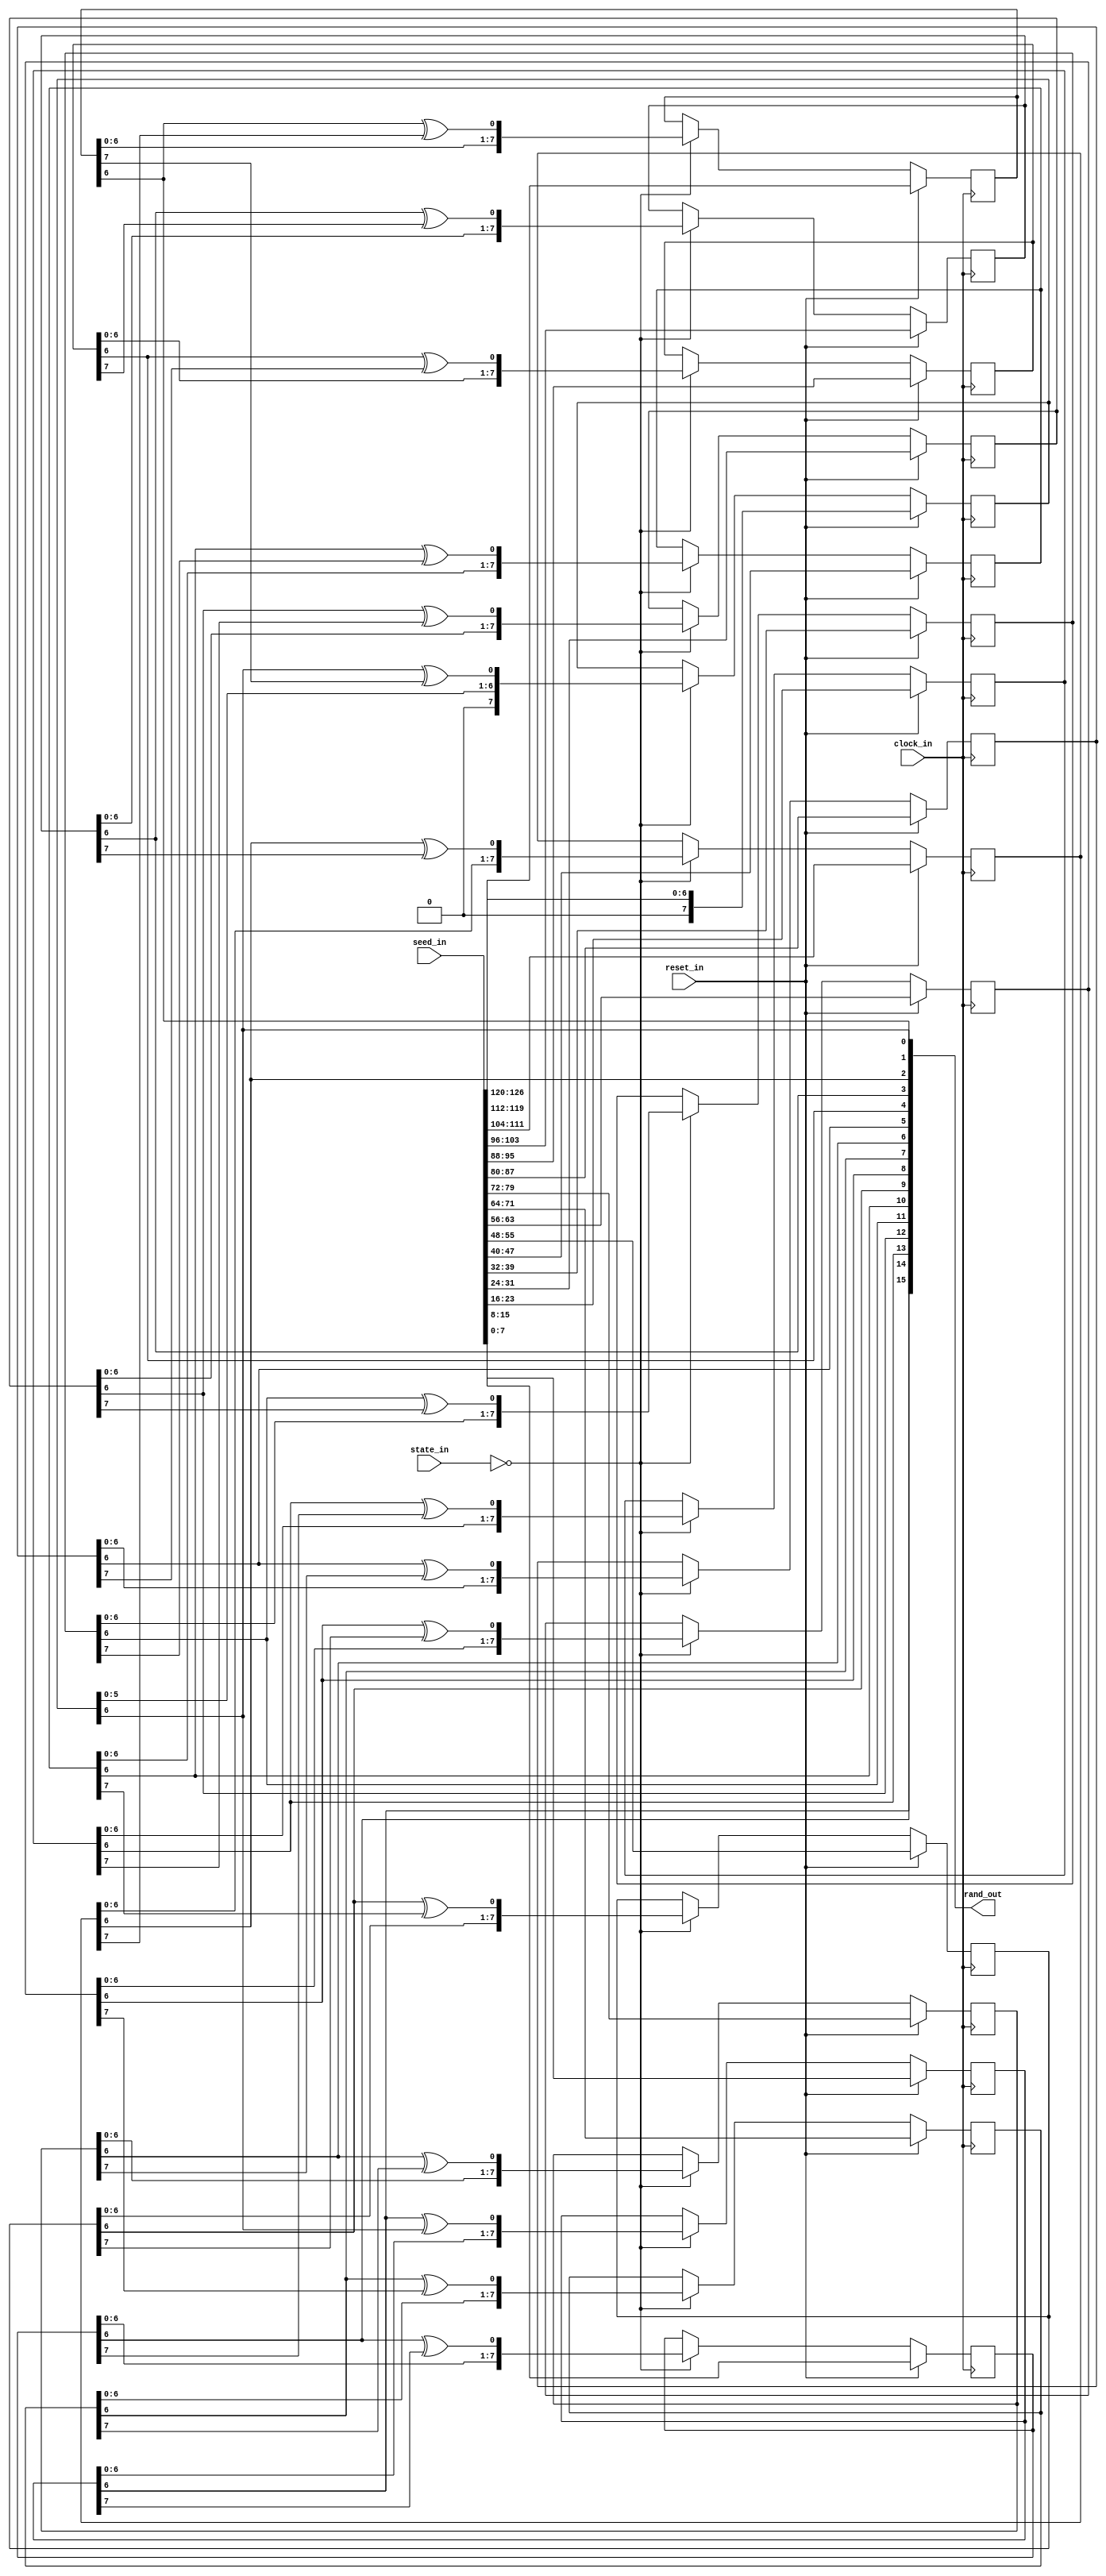
`timescale 1ns / 1ps
//////////////////////////////////////////////////////////////////////////////////
// Company: 
// Engineer: 
// 
// Design Name: 
// Module Name: rand127
// Project Name: 
// Target Devices: 
// Tool Versions: 
// Description: 
// 
// Dependencies: 
// 
// Revision:
// Revision 0.01 - File Created
// Additional Comments:
// 
//////////////////////////////////////////////////////////////////////////////////


//////////////////////////////////////////////////////////
// 16-bit parallel random number generator ///////////////
// by Bruce R Land, Cornell University     ///////////////
//////////////////////////////////////////////////////////
// Algorithm is based on:
// A special-purpose processor for the Monte Carlo simulation of ising spin systems
// A. Hoogland, J. Spaa, B. Selman and A. Compagner
// Journal of Computational Physics
// Volume 51, Issue 2, August 1983, Pages 250-260
//////////////////////////////////////////////////////////


module rand127(rand_out, seed_in, state_in, clock_in, reset_in);
	// 16-bit random number on every cycle
	output wire [15:0] rand_out ;
	// the clocks and stuff
	input wire [3:0] state_in ;
	input wire clock_in, reset_in ;
	input wire [127:1] seed_in; // 128 bits is 32 hex digits 0xffff_ffff_ffff_ffff_ffff_ffff_ffff_ffff

	reg [8:1] sr1, sr2, sr3, sr4, sr5, sr6, sr7, sr8, 
				sr9, sr10, sr11, sr12, sr13, sr14, sr15, sr16;
	
	// state names
	parameter react_start=4'd0 ;

	// generate random numbers	
	assign rand_out = {sr1[7], sr2[7], sr3[7], sr4[7],
							sr5[7], sr6[7], sr7[7], sr8[7],
							sr9[7], sr10[7], sr11[7], sr12[7],
							sr13[7], sr14[7], sr15[7], sr16[7]} ;
							
	always @ (posedge clock_in) //
	begin
		
		if (reset_in)
		begin	
			//init random number generator 
			sr1 <= seed_in[8:1] ;
			sr2 <= seed_in[16:9] ;
			sr3 <= seed_in[24:17] ;
			sr4 <= seed_in[32:25] ;
			sr5 <= seed_in[40:33] ;
			sr6 <= seed_in[48:41] ;
			sr7 <= seed_in[56:49] ;
			sr8 <= seed_in[64:57] ;
			sr9 <= seed_in[72:65] ;
			sr10 <= seed_in[80:73] ;
			sr11 <= seed_in[88:81] ;
			sr12 <= seed_in[96:89] ;
			sr13 <= seed_in[104:97] ;
			sr14 <= seed_in[112:105] ;
			sr15 <= seed_in[120:113] ;
			sr16 <= {1'b0,seed_in[127:121]} ;
		end
		
		// update 127-bit shift register
		// 16 times in parallel
		else 
		begin
			if(state_in == react_start) 
			begin
				sr1 <= {sr1[7:1], sr1[7]^sr16[7]} ;
				sr2 <= {sr2[7:1], sr2[7]^sr1[8]}  ;
				sr3 <= {sr3[7:1], sr3[7]^sr2[8]}  ;
				sr4 <= {sr4[7:1], sr4[7]^sr3[8]}  ;
				sr5 <= {sr5[7:1], sr5[7]^sr4[8]}  ;
				sr6 <= {sr6[7:1], sr6[7]^sr5[8]}  ;
				sr7 <= {sr7[7:1], sr7[7]^sr6[8]}  ;
				sr8 <= {sr8[7:1], sr8[7]^sr7[8]}  ;
				sr9 <= {sr9[7:1], sr9[7]^sr8[8]}  ;
				sr10 <= {sr10[7:1], sr10[7]^sr9[8]}  ;
				sr11 <= {sr11[7:1], sr11[7]^sr10[8]}  ;
				sr12 <= {sr12[7:1], sr12[7]^sr11[8]}  ;
				sr13 <= {sr13[7:1], sr13[7]^sr12[8]}  ;
				sr14 <= {sr14[7:1], sr14[7]^sr13[8]}  ;
				sr15 <= {sr15[7:1], sr15[7]^sr14[8]}  ;
				sr16 <= {sr16[6:1], sr16[7]^sr15[8]}  ;
			end	
		end
	end
endmodule